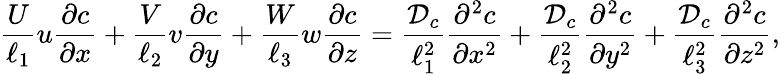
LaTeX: \frac{U}{\ell_{1}}u\frac{\partial c}{\partial x}+\frac{V}{\ell_{2}}v\frac{\partial c}{\partial y}+\frac{W}{\ell_{3}}w\frac{\partial c}{\partial z}=\frac{{\mathcal{D}}_{c}}{\ell_{1}^{2}}\frac{\partial^{2}c}{\partial x^{2}}+\frac{{\mathcal{D}}_{c}}{\ell_{2}^{2}}\frac{\partial^{2}c}{\partial y^{2}}+\frac{{\mathcal{D}}_{c}}{\ell_{3}^{2}}\frac{\partial^{2}c}{\partial z^{2}},